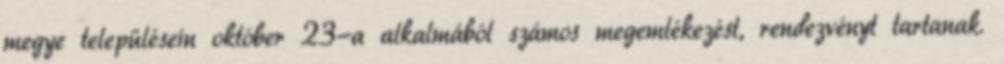
megye településein október 23-a alkalmából számos megemlékezést, rendezvényt tartanak.